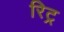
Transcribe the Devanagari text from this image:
रिट्र